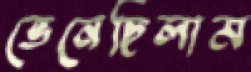
ভেনেছিলাম